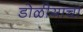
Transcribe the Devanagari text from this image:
डोळीयाचा